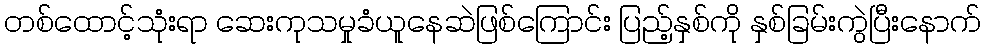
တစ်ထောင့်သုံးရာ ဆေးကုသမှုခံယူနေဆဲဖြစ်ကြောင်း ပြည့်နှစ်ကို နှစ်ခြမ်းကွဲပြီးနောက်